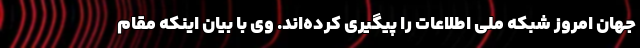
جهان امروز شبکه ملی اطلاعات را پیگیری کرده‌اند. وی با بیان اینکه مقام